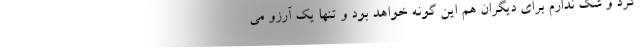
کرد و شک ندارم برای دیگران هم این گونه خواهد بود و تنها یک آرزو می